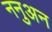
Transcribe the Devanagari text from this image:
ननुअन